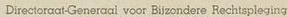
Directoraat-Generaal voor Biizondere Rechtspleging